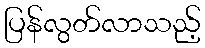
ပြန်လွတ်လာသည့်